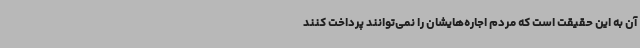
آن به این حقیقت است که مردم اجاره‌هایشان را نمی‌توانند پرداخت کنند